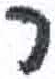
אות: ר